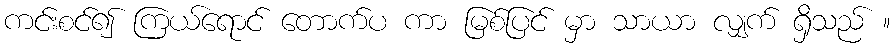
ကင်းစင်၍ ကြယ်ရောင် တောက်ပ ကာ မြစ်ပြင် မှာ သာယာ လျှက် ရှိသည် ။